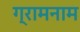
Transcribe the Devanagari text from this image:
ग्रामनाम